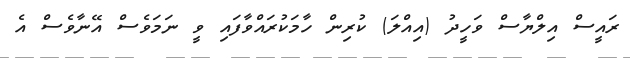
ރައީސް އިލްޔާސް ވަހީދު (އިއްލަ) ކުރިން ހާމަކުރައްވާފައި ވީ ނަމަވެސް އޭނާވެސް އެ